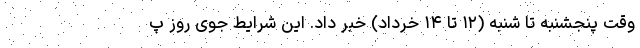
وقت پنجشنبه تا شنبه (۱۲ تا ۱۴ خرداد) خبر داد. این شرایط جوی روز پ